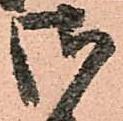
御